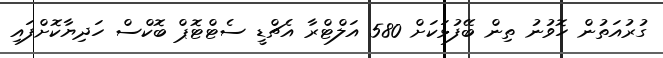
ގުރުއަތުން ހޮވުނު ތިން ބޭފުޅަކަށް 580 އަލްޓްރާ އެޗްޑީ ސެޓްޓޮޕް ބޮކްސް ހަދިޔާކޮށްފައި